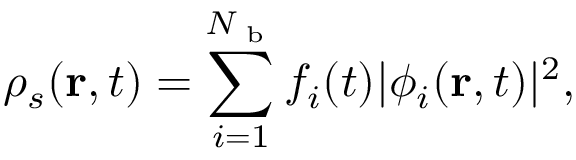
\rho _ { s } ( \mathbf { r } , t ) = \sum _ { i = 1 } ^ { N _ { \textrm { b } } } f _ { i } ( t ) | \phi _ { i } ( \mathbf { r } , t ) | ^ { 2 } ,